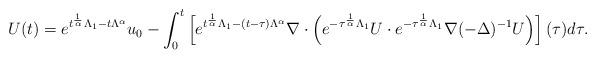
LaTeX: \begin{align*} U(t)=e^{t^{\frac{1}{\alpha}}\Lambda_{1}-t\Lambda^{\alpha}}u_{0}-\int_{0}^{t}\left[e^{t^{\frac{1}{\alpha}}\Lambda_{1}-(t-\tau)\Lambda^{\alpha}}\nabla\cdot \left (e^{-\tau^{\frac{1}{\alpha}}\Lambda_{1}}U\cdot e^{-\tau^{\frac{1}{\alpha}}\Lambda_{1}}\nabla(-\Delta)^{-1}U\right)\right](\tau)d\tau.\end{align*}